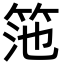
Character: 筂